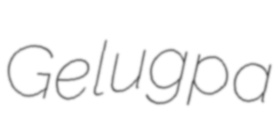
Gelugpa